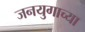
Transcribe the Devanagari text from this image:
जनयुगाच्या